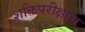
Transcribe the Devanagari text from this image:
शक्तिपरीक्षाच